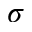
\sigma